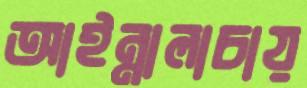
আইন্নালাচায়